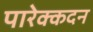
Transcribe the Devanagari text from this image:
पारेक्कदन